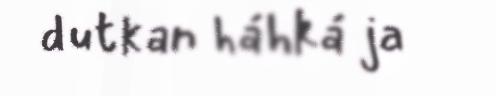
dutkan háhká ja